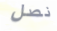
نصل